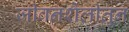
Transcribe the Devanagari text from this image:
जीवनशैलीतून